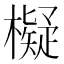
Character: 𣝅